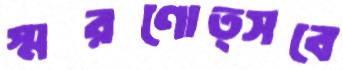
স্মরণোত্সবে